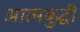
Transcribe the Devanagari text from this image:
आत्मबुद्धी